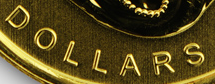
DOLLARS